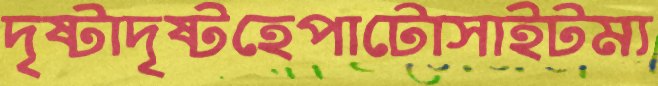
দৃষ্টাদৃষ্টহেপাটোসাইটম্য